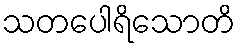
သတပေါရိသောတိ